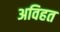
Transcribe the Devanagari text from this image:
अविहत